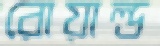
রোয়াল্ড